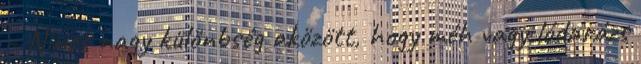
– Nincs nagy különbség aközött, hogy méh vagy lódarázs